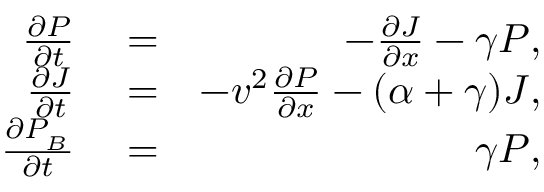
\begin{array} { r l r } { \frac { \partial P } { \partial t } } & { { } = } & { - \frac { \partial J } { \partial x } - \gamma P , } \\ { \frac { \partial J } { \partial t } } & { { } = } & { - v ^ { 2 } \frac { \partial P } { \partial x } - ( \alpha + \gamma ) J , } \\ { \frac { \partial P _ { _ B } } { \partial t } } & { { } = } & { \gamma P , } \end{array}